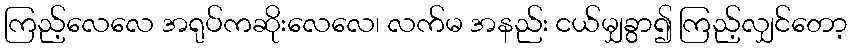
ကြည့်လေလေ အရုပ်ကဆိုးလေလေ၊ လက်မ အနည်း ငယ်မျှခွာ၍ ကြည့်လျှင်တော့